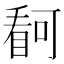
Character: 𭿋